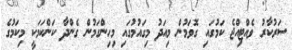
ސަރުކާރު ވެއްޓިއްޖެ ކަމުގައި ގޮވަމުން މިއަދު މިގައުމުގައި މިހިންގަމުން ގެންދާ ކަންކަމަކީ މިކަމުގެ